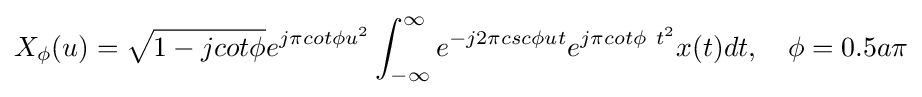
X_{\phi }(u)={\sqrt {1-jcot\phi }}e^{j\pi cot\phi u^{2}}\int _{-\infty }^{\infty }e^{-j2\pi csc\phi ut}e^{j\pi cot\phi \ t^{2}}x(t)dt,\quad \phi =0.5a\pi